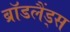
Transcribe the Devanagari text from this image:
ब्रॉडलैंड्स